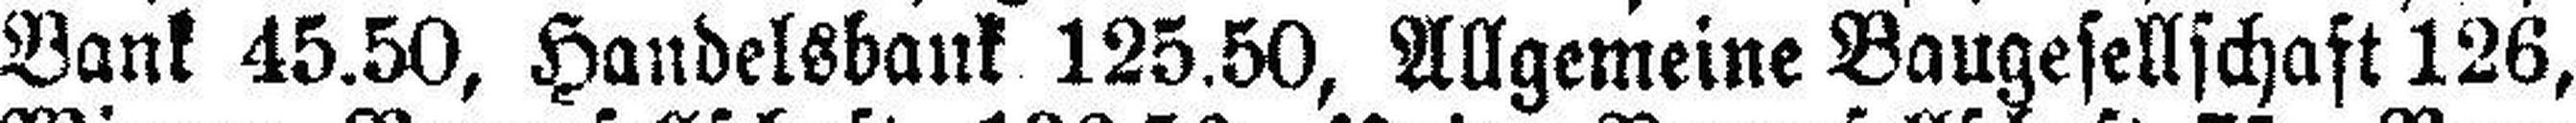
Bank 45.50, Handelsbank 125.50, Allgemeine Baugesellschaft 126,